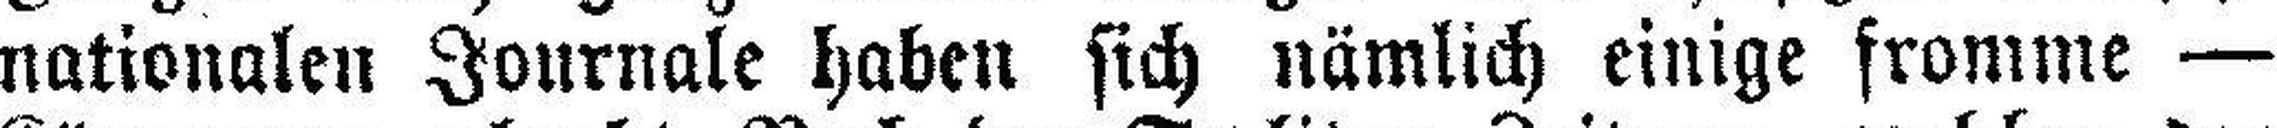
nationalen Journale haben sich nämlich einige fromme —